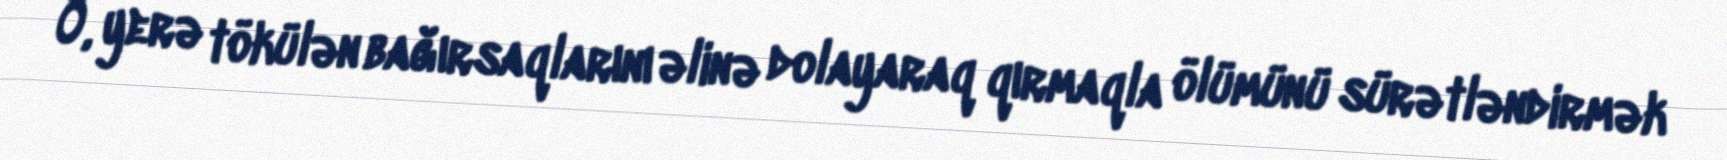
O, yerə tökülən bağırsaqlarını əlinə dolayaraq qırmaqla ölümünü sürətləndirmək